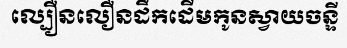
ល្បឿនលឿនដឹកដើមកូនស្វាយចន្ទី